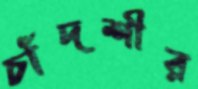
চাঁদশীর